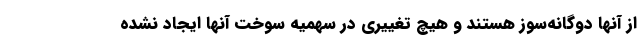
از آنها دوگانه‌سوز هستند و هیچ تغییری در سهمیه سوخت آنها ایجاد نشده